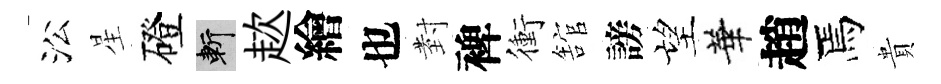
㳂星磴斬趑繪也𭔹裨衝舘謗望華趙焉貴